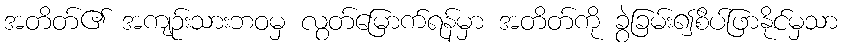
အတိတ်၏ အကျဉ်းသားဘဝမှ လွတ်မြောက်ရန်မှာ အတိတ်ကို ခွဲခြမ်း၍စိပ်ဖြာနိုင်မှသာ